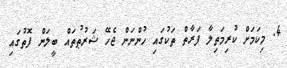
4. މިކަމަށް ކުރިމަތިލާ ފަރާތް ތަކުގައި ހުންނަން ޖެހޭ ޝަރުޠުތައް ބީލަން ފޮތުގައި